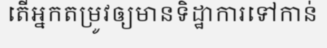
តើអ្នកតម្រូវឲ្យមានទិដ្ឋាការទៅកាន់